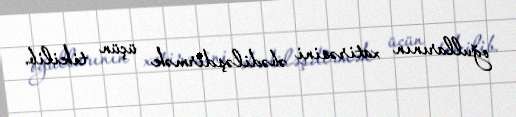
oğullarının xatirəsini əbədiləşdirmək üçün tikilib.